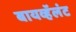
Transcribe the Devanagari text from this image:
बायव्हॅलंट